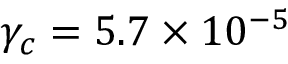
\gamma _ { c } = 5 . 7 \times 1 0 ^ { - 5 }